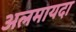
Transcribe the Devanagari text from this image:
अलमायदा